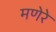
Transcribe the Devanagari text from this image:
मणेरे